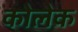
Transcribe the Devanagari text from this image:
कोलेक